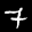
Label: 7